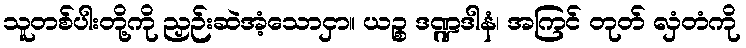
သူတစ်ပါးတို့ကို ညှဉ်းဆဲအံ့သောငှာ။ ယဉ္စ ဒဏ္ဍဒါနံ၊ အကြင် တုတ် လှံတံကို